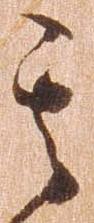
其